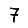
Digit: 7